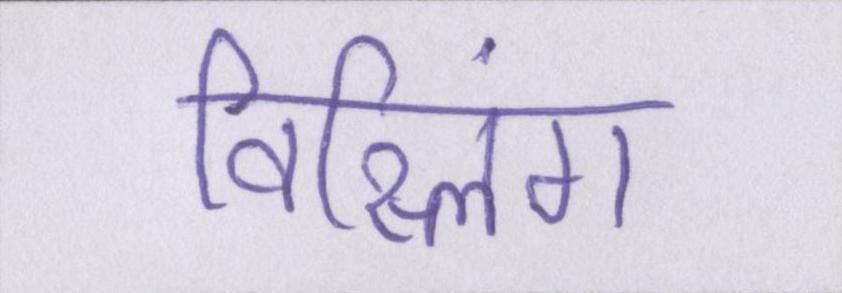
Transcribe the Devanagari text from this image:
विस्लिंग